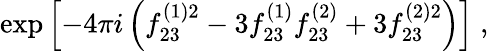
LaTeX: \exp\left[-4\pi i\left(f_{23}^{(1)2}-3f_{23}^{(1)}f_{23}^{(2)}+3f_{23}^{(2)2}\right)\right]\; ,